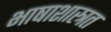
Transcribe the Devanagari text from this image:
भाषाशास्त्रत